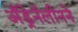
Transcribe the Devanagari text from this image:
अँड्रेनॅलीनने